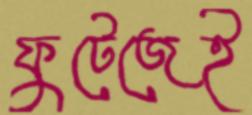
ফুটেজেই